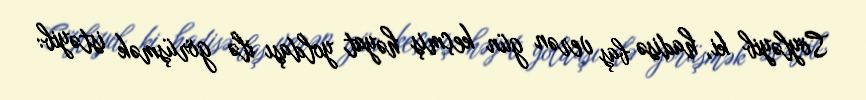
Söyləyib ki, hadisə baş verən gün keçmiş həyat yoldaşı ilə görüşmək istəyib: